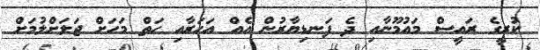
ކުރީގެ ރައީސް މައުމޫނާއި ދެ ފަނޑިޔާރުން އެއް އަހަރާއި ހަތް މަހަށް ޖަލަށްލުމަށް